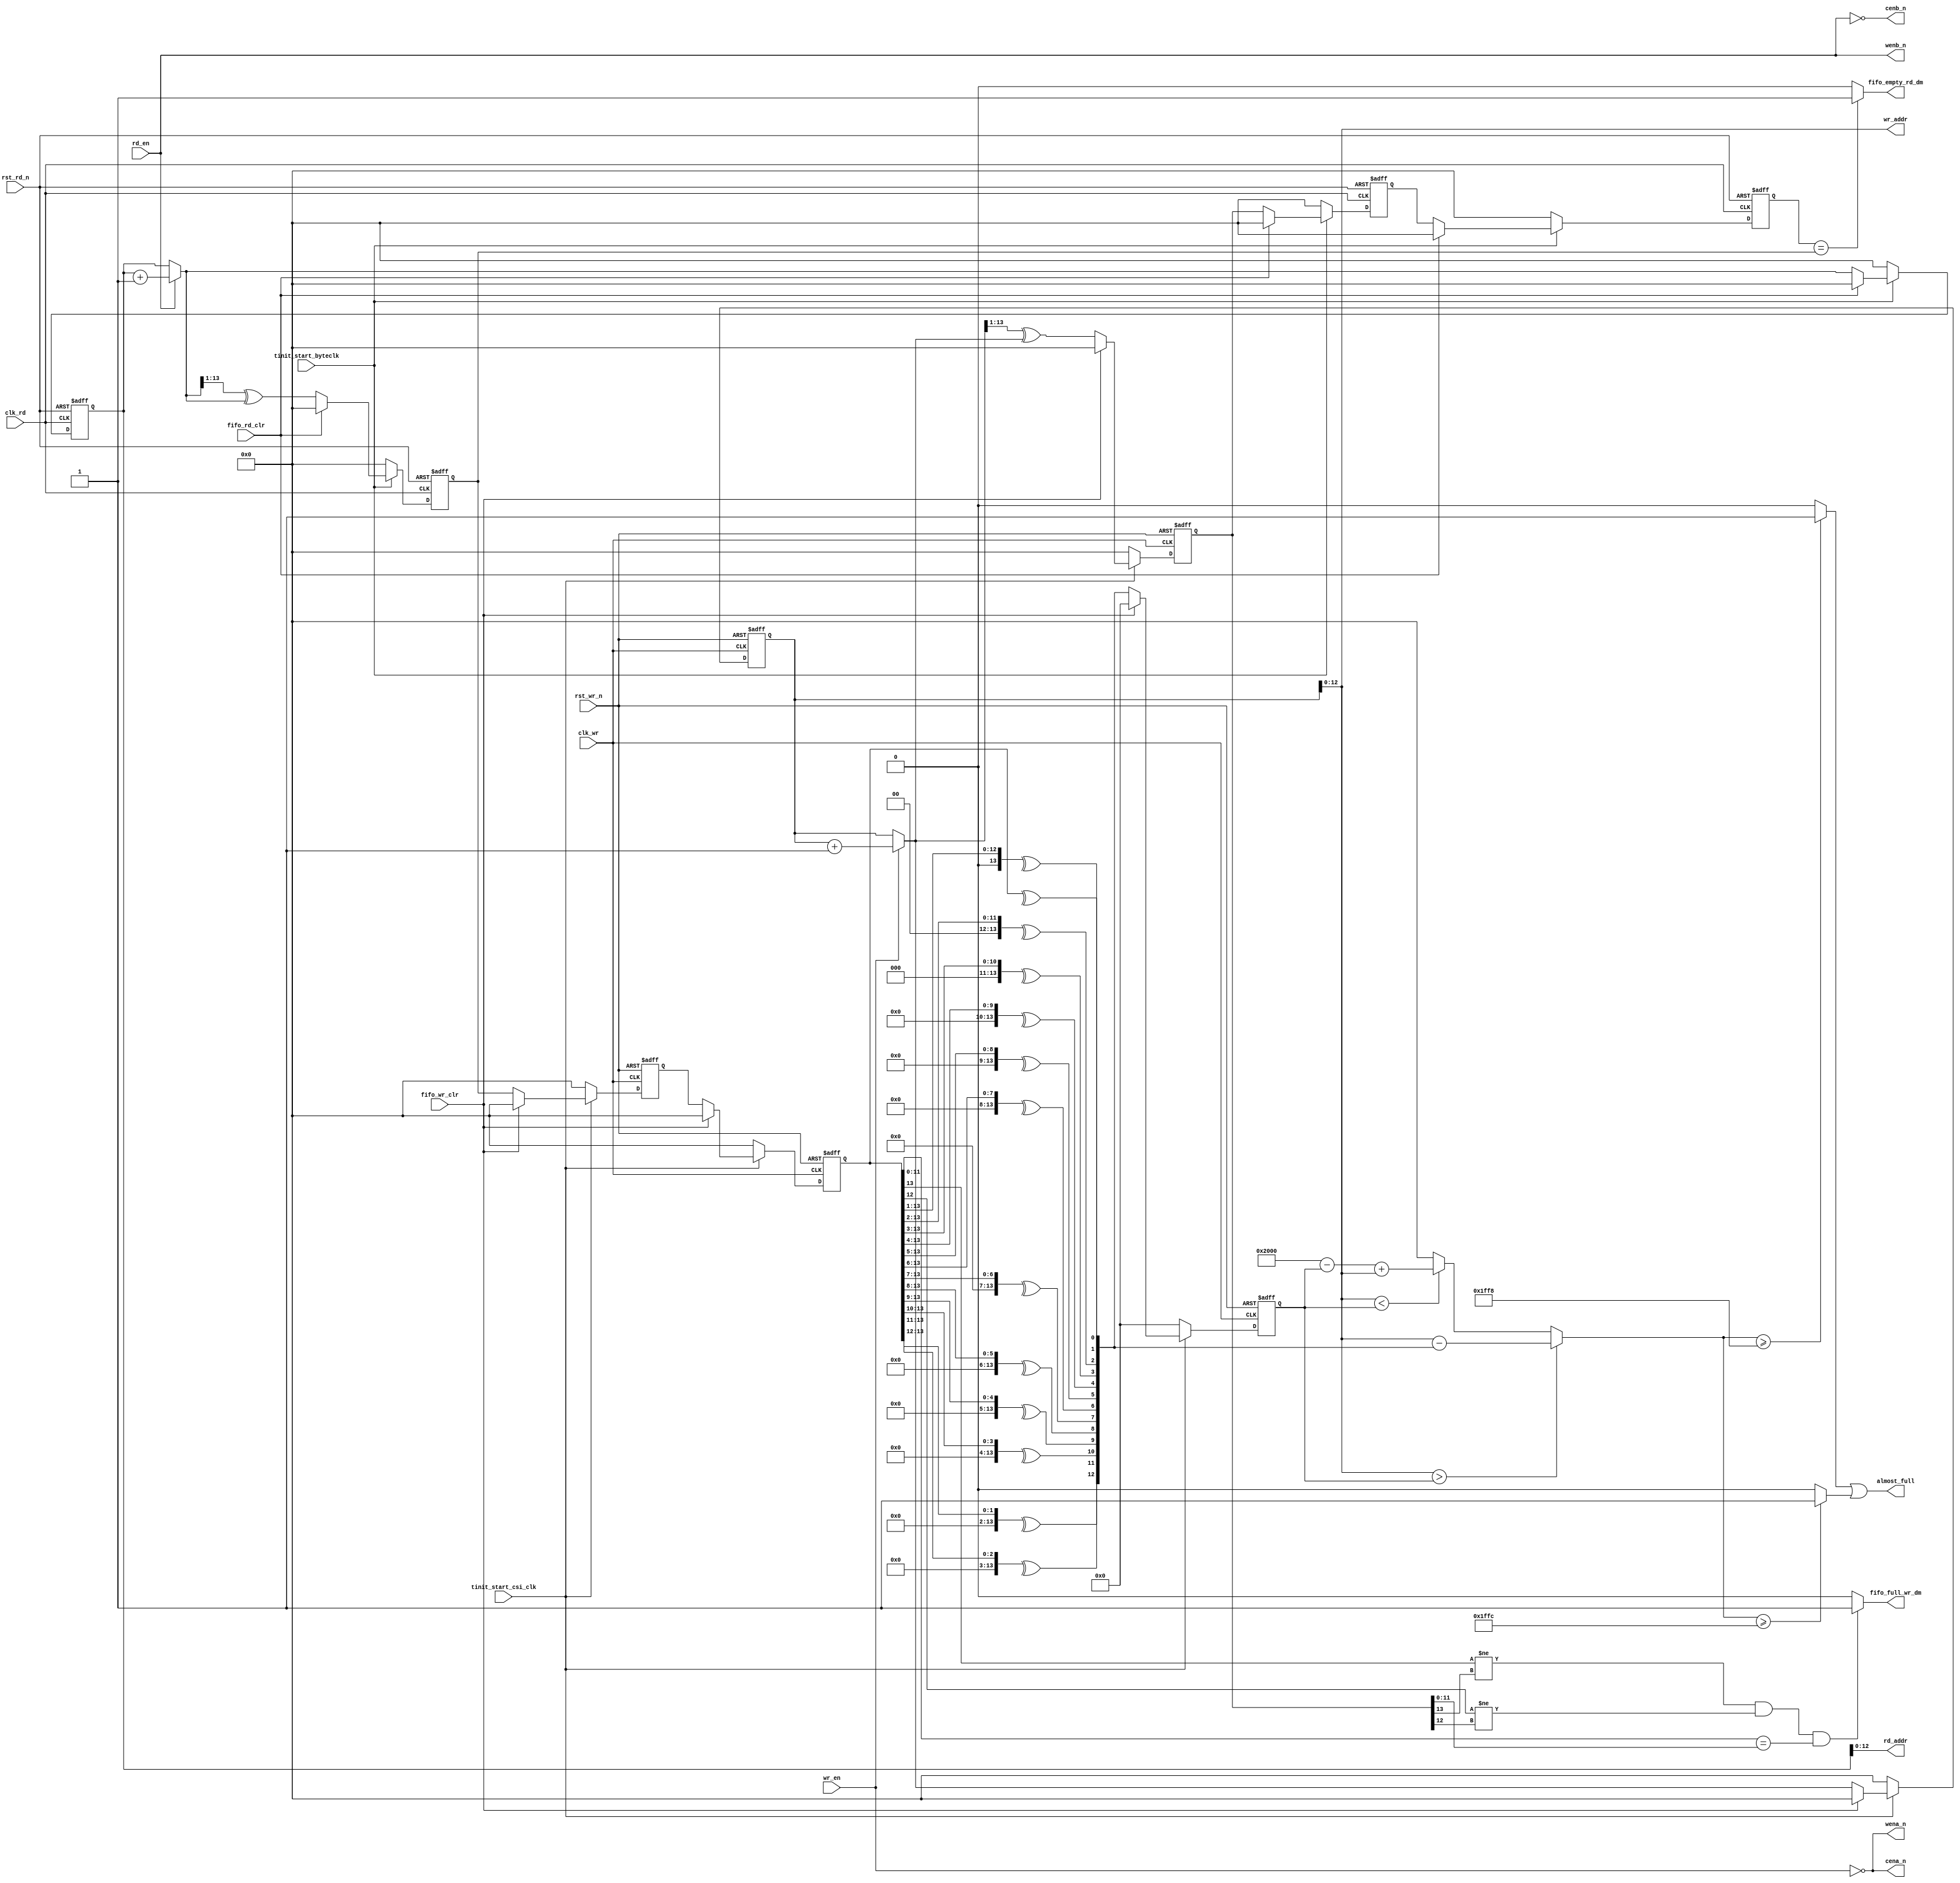
module csi2tx_sensor_fifo_ctrl #
  (
  parameter RAM_SIZE  = 13
  )
  (

  input   wire                 clk_wr           ,
  input   wire                 clk_rd           ,
  input   wire                 rst_wr_n         ,
  input   wire                 rst_rd_n         ,
  input   wire                 tinit_start_byteclk,
  input   wire                 tinit_start_csi_clk,
  input   wire                 wr_en            ,
  input   wire                 rd_en            ,
  input   wire                 fifo_wr_clr      ,
  input   wire                 fifo_rd_clr      ,
  output  wire                 fifo_empty_rd_dm ,
  output  wire                 fifo_full_wr_dm  ,
  output  wire                 almost_full      ,
  output wire                  wena_n           ,
  output wire                  cena_n           ,
  output  wire [RAM_SIZE-1:0]  wr_addr          ,
  output  wire [RAM_SIZE-1:0]  rd_addr          ,
  output wire                  wenb_n           ,
  output wire                  cenb_n           

  );

parameter FIFO_DEPTH = (2**(RAM_SIZE));
parameter ALMOST_THRESHOLD = FIFO_DEPTH - 8;

//This is added only for the intention of YUV420 8b/10b
parameter NXT_ALMOST_THRESHOLD = FIFO_DEPTH - 4;

reg [RAM_SIZE : 0] wr_ptr_bin;
reg [RAM_SIZE : 0] rd_ptr_bin;
reg [RAM_SIZE : 0] wr_ptr_gray;
reg [RAM_SIZE : 0] rd_ptr_gray;
reg [RAM_SIZE : 0] m_wr_ptr_gray_rd_dm;
reg [RAM_SIZE : 0] m_rd_ptr_gray_wr_dm;
wire [RAM_SIZE : 0] nxt_wr_ptr_bin;
wire [RAM_SIZE : 0] nxt_wr_ptr_bin_shift;
wire [RAM_SIZE : 0] nxt_rd_ptr_bin;
wire [RAM_SIZE : 0] nxt_rd_ptr_bin_shift;
wire [RAM_SIZE : 0] nxt_wr_ptr_gray;
wire [RAM_SIZE : 0] nxt_rd_ptr_gray;


reg [RAM_SIZE-1:0] rd_ptr_g2b;
reg  [RAM_SIZE:0] ptr_diff;
reg [RAM_SIZE : 0] s_wr_ptr_gray_rd_dm;
reg [RAM_SIZE-1:0] rd_ptr_g2b_reg;
wire almost_full_s;
wire almost_full_nxt;
reg [RAM_SIZE : 0] s_rd_ptr_gray_wr_dm;
integer i;

//-----------------> Write pointer clock doamin <-----------------------------//

// Write pointer in the write clock domain
always @(posedge clk_wr or negedge rst_wr_n)
begin
  if(rst_wr_n == 1'b0)
    begin
      wr_ptr_bin <= 'b0;
    end
  else if (tinit_start_csi_clk == 1'b0)
    wr_ptr_bin <= 'b0;
  else if(fifo_wr_clr)
    begin
      wr_ptr_bin <= 'b0;
    end
  else
    begin
      wr_ptr_bin <= nxt_wr_ptr_bin;
    end
end

//----------------------------------------------------------------------------//
// Increment write pointer only during wr_en.
// Fifo write during full is prohibited
//----------------------------------------------------------------------------//
assign nxt_wr_ptr_bin = (wr_en)? (wr_ptr_bin + 1'b1) : wr_ptr_bin;


//----------------------------------------------------------------------------//
// Gray counter value for the next binary ptr
//----------------------------------------------------------------------------//
assign nxt_wr_ptr_bin_shift = nxt_wr_ptr_bin >> 1;
assign nxt_wr_ptr_gray      = nxt_wr_ptr_bin_shift ^ nxt_wr_ptr_bin;

//----------------------------------------------------------------------------//
// Create a gray counter, which will be used for
// empty and full condition
//----------------------------------------------------------------------------//
always @(posedge clk_wr or negedge rst_wr_n)
begin
  if(rst_wr_n == 1'b0)
    begin
      wr_ptr_gray <= 'b0;
    end
  else if (tinit_start_csi_clk == 1'b0)
    wr_ptr_gray <= 'b0;
  else if(fifo_wr_clr)
    begin
      wr_ptr_gray <= 'b0;
    end
  else
    begin
      wr_ptr_gray <= nxt_wr_ptr_gray;
    end
end

//----------------------------------------------------------------------------//
// Synchronized rd_ptr_gray in write clock domain
//----------------------------------------------------------------------------//

always @(posedge clk_wr or negedge rst_wr_n)
begin
  if(rst_wr_n == 1'b0)
    begin
      m_rd_ptr_gray_wr_dm <= 'b0;
      s_rd_ptr_gray_wr_dm <= 'b0;
    end
  else if (tinit_start_csi_clk == 1'b0)
    begin
      m_rd_ptr_gray_wr_dm <= 'b0;
      s_rd_ptr_gray_wr_dm <= 'b0;
    end
  else if(fifo_wr_clr)
    begin
      m_rd_ptr_gray_wr_dm <= 'b0;
      s_rd_ptr_gray_wr_dm <= 'b0;
    end
  else
    begin
      m_rd_ptr_gray_wr_dm <= rd_ptr_gray;
      s_rd_ptr_gray_wr_dm <= m_rd_ptr_gray_wr_dm;
    end
end


assign fifo_full_wr_dm =( ((s_rd_ptr_gray_wr_dm[RAM_SIZE]    )  != (wr_ptr_gray[RAM_SIZE]     )) &&
                          ((s_rd_ptr_gray_wr_dm[RAM_SIZE-1]  )  != (wr_ptr_gray[RAM_SIZE-1]   )) &&
                          ((s_rd_ptr_gray_wr_dm[RAM_SIZE-2:0])  == (wr_ptr_gray[RAM_SIZE-2:0] )) )? 1'b1 : 1'b0;
                         

// assign rd_ptr_g2b[10] = s_rd_ptr_gray_wr_dm[10];                        
// assign rd_ptr_g2b[9]  = rd_ptr_g2b[10] ^ s_rd_ptr_gray_wr_dm[9];
// assign rd_ptr_g2b[8]  = rd_ptr_g2b[9] ^ s_rd_ptr_gray_wr_dm[8];
// assign rd_ptr_g2b[7]  = rd_ptr_g2b[8] ^ s_rd_ptr_gray_wr_dm[7];
// assign rd_ptr_g2b[6]  = rd_ptr_g2b[7] ^ s_rd_ptr_gray_wr_dm[6];
// assign rd_ptr_g2b[5]  = rd_ptr_g2b[6] ^ s_rd_ptr_gray_wr_dm[5];
// assign rd_ptr_g2b[4]  = rd_ptr_g2b[5] ^ s_rd_ptr_gray_wr_dm[4];
// assign rd_ptr_g2b[3]  = rd_ptr_g2b[4] ^ s_rd_ptr_gray_wr_dm[3];
// assign rd_ptr_g2b[2]  = rd_ptr_g2b[3] ^ s_rd_ptr_gray_wr_dm[2];
// assign rd_ptr_g2b[1]  = rd_ptr_g2b[2] ^ s_rd_ptr_gray_wr_dm[1];
// assign rd_ptr_g2b[0]  = rd_ptr_g2b[1] ^ s_rd_ptr_gray_wr_dm[0];


always@(s_rd_ptr_gray_wr_dm)
begin
  for ( i=0; i < RAM_SIZE; i=i+1)
   rd_ptr_g2b[i] = ^ (s_rd_ptr_gray_wr_dm >> i);
end

always@(posedge clk_wr or negedge rst_wr_n)
begin
 if ( rst_wr_n == 1'b0 )
  rd_ptr_g2b_reg <= 'b0;
 else if (tinit_start_csi_clk == 1'b0)
  rd_ptr_g2b_reg <= 'b0;
 else if (fifo_wr_clr)
  rd_ptr_g2b_reg <= 'b0;
 else
  rd_ptr_g2b_reg <= rd_ptr_g2b;

end
  
always@(*)
begin
 if (wr_addr > rd_ptr_g2b_reg[RAM_SIZE-1:0])
    ptr_diff = wr_addr - rd_ptr_g2b[RAM_SIZE-1:0];
 else if(wr_addr < rd_ptr_g2b_reg[RAM_SIZE-1:0])
    ptr_diff = ((FIFO_DEPTH - rd_ptr_g2b_reg[RAM_SIZE-1:0]) + wr_addr);
 else
    ptr_diff = 'b0;
end

assign almost_full_s = (ptr_diff >= ALMOST_THRESHOLD) ? 1'b1 : 1'b0; 

assign almost_full_nxt = ( ptr_diff >= NXT_ALMOST_THRESHOLD ) ? 1'b1 : 1'b0;

assign almost_full = almost_full_s | almost_full_nxt;


//----------------------------------------------------------------------------//
// Write address is a split version of the write pointer
//----------------------------------------------------------------------------//
assign wr_addr = wr_ptr_bin[RAM_SIZE-1:0];



//----------------------------------------------------------------------------//
//-----------------> Read pointer clock doamin <-----------------------
//----------------------------------------------------------------------------//

//----------------------------------------------------------------------------//
// Binary read pointer
//----------------------------------------------------------------------------//
always @(posedge clk_rd or negedge rst_rd_n)
begin
  if(rst_rd_n == 1'b0)
    begin
      rd_ptr_bin <= 'b0;
    end
  else if (tinit_start_byteclk == 1'b0)
    begin
      rd_ptr_bin <= 'b0;
    end
  else if(fifo_rd_clr)
    begin
      rd_ptr_bin <= 'b0;
    end
  else
    begin
      rd_ptr_bin <= nxt_rd_ptr_bin;
    end
end

//----------------------------------------------------------------------------//
// Read address for the RAM
//----------------------------------------------------------------------------//
assign rd_addr = rd_ptr_bin[RAM_SIZE-1:0];

//----------------------------------------------------------------------------//
// Binary next read pointer logic
//----------------------------------------------------------------------------//
assign nxt_rd_ptr_bin = rd_en ? (rd_ptr_bin + 1'b1) : rd_ptr_bin;

//----------------------------------------------------------------------------//
// Gray counter value for the next binary ptr
//----------------------------------------------------------------------------//
assign nxt_rd_ptr_bin_shift = nxt_rd_ptr_bin >> 1;
assign nxt_rd_ptr_gray = nxt_rd_ptr_bin_shift ^ nxt_rd_ptr_bin;

//----------------------------------------------------------------------------//
// Create a gray counter, which will be used for
// empty and full condition
//----------------------------------------------------------------------------//
always @(posedge clk_rd or negedge rst_rd_n)
begin
  if(rst_rd_n == 1'b0)
    begin
      rd_ptr_gray <='b0;
    end
  else if (tinit_start_byteclk == 1'b0)
    begin
      rd_ptr_gray <= 'b0;
    end
  else if(fifo_rd_clr)
    begin
      rd_ptr_gray <= 'b0;
    end
  else
    begin
      rd_ptr_gray <= nxt_rd_ptr_gray;
    end
end

//----------------------------------------------------------------------------//
// Synchronized wr_ptr_gray in read clock domain
//----------------------------------------------------------------------------//

always @(posedge clk_rd or negedge rst_rd_n)
begin
  if(rst_rd_n == 1'b0)
    begin
      m_wr_ptr_gray_rd_dm <= 'b0;
      s_wr_ptr_gray_rd_dm <= 'b0;
    end
  else if (tinit_start_byteclk == 1'b0)
    begin
      m_wr_ptr_gray_rd_dm <= 'b0;
      s_wr_ptr_gray_rd_dm <= 'b0;
    end
  else if(fifo_rd_clr)
    begin
      m_wr_ptr_gray_rd_dm <= 'b0;
      s_wr_ptr_gray_rd_dm <= 'b0;
    end
  else
    begin
      m_wr_ptr_gray_rd_dm <= wr_ptr_gray;
      s_wr_ptr_gray_rd_dm <= m_wr_ptr_gray_rd_dm;
    end
end


//----------------------------------------------------------------------------//
// FIFO empty conditio in read domain
//----------------------------------------------------------------------------//
assign fifo_empty_rd_dm = (s_wr_ptr_gray_rd_dm [RAM_SIZE:0] == rd_ptr_gray[RAM_SIZE:0]) ? 1'b1 : 1'b0;

assign wena_n = ~wr_en;
assign cena_n = ~wr_en;
assign wenb_n = rd_en;
assign cenb_n = ~rd_en;

endmodule